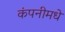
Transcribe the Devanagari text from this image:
कंपनीमधे